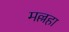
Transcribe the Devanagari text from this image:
मल्लहा